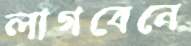
লাগবেনে